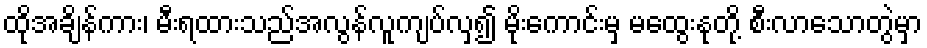
ထိုအချိန်ကား၊ မီးရထားသည်အလွန်လူကျပ်လှ၍ မိုးကောင်းမှ မထွေးနုတို့ စီးလာသောတွဲမှာ